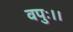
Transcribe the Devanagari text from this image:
वपुः।।